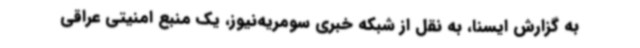
به گزارش ایسنا، به نقل از شبکه خبری سومریه‌نیوز، یک منبع امنیتی عراقی